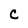
Character: C